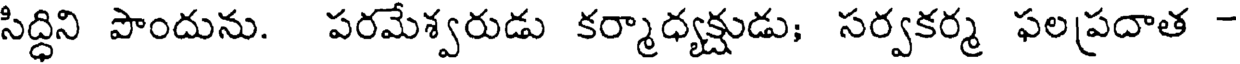
సిద్ధిని పొందును. పరమేశ్వరుడు కర్మాధ్యక్షుడు; సర్వకర్మ ఫలప్రదాత -